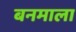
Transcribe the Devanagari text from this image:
बनमाला